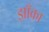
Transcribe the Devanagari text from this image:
झाँका